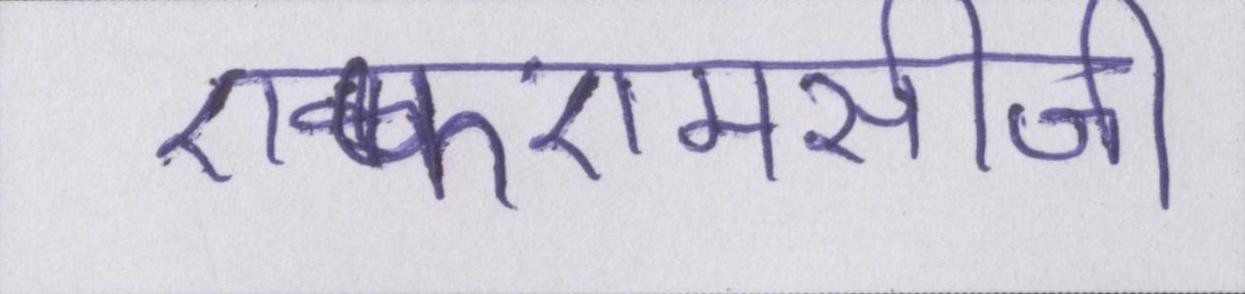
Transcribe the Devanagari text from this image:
एफएमसीजी